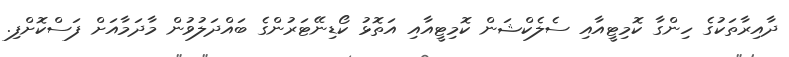
ދާއިރާތަކުގެ ހިންގާ ކޮމިޓީއާއި ސެލެކްޝަން ކޮމިޓީއާއި އަތޮޅު ކޯޑިނޭޓަރުންގެ ބައްދަލުވުން މާދަމާއަށް ފަސްކޮށްފި.